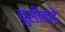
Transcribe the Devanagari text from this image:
बुसीकडे